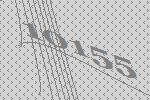
10155